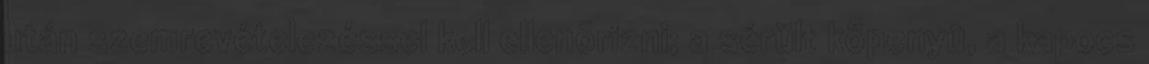
után szemrevételezéssel kell ellenõrizni; a sérült köpenyû, a kapocs